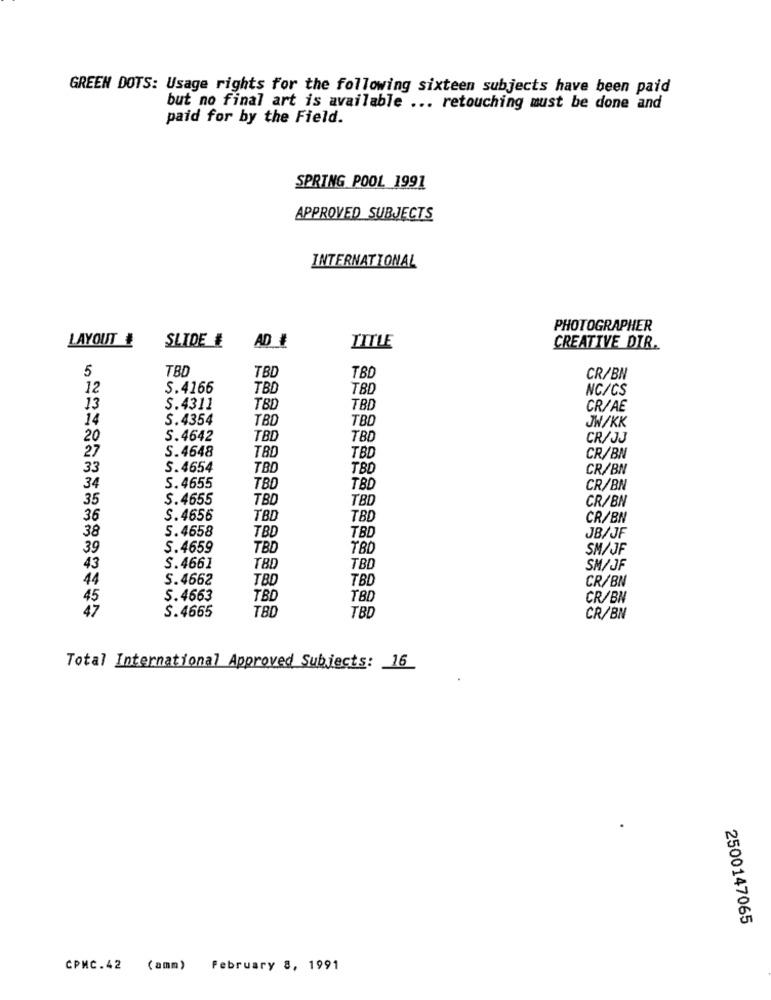
GREEN DOTS: Usage rights for the following sixteen subjects have been paid
but no final art is available ... retouching must be done and
paid for by the Field.
SPRING POOL 1991
APPROVED SUBJECTS
INTERNATIONAL
PHOTOGRAPHER
LAYOUT ₺
SLIDE #
AD #
TITLE
CREATIVE DIR.
TBD
TBD
5
TBD
CR/BN
12
S.4166
TBD
TBD
NC/CS
13
S.4311
TBD
TBD
CR/AE
14
S.4354
TBD
TBD
JW/KK
20
5.4642
TBD
TBD
CR/JJ
S.4648
27
TBD
TBD
CR/BN
33
S.4654
TBD
TBD
CR/BN
34
S. 4655
TBD
TBD
CR/BN
35
S.4655
TBD
TBD
CR/BN
36
S.4656
TBD
TBD
CR/BN
38
5.4658
TBD
TBD
JB/JF
39
S.4659
TBD
TBD
SM/JF
43
S.4661
TBD
TBD
SM/ JF
44
S.4662
TBD
TBD
CR/BN
S.4663
TBD
TBD
CR/BN
S.4665
TBD
TBD
CR/BN
2500147065
CPMC.42 (amm) February 8, 1991